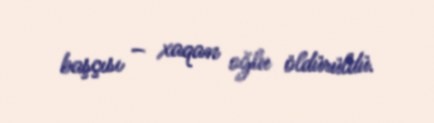
başçısı – xaqan oğlu öldürüldü.